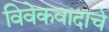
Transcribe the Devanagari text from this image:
विवेकवादाचे